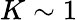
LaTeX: K\sim 1